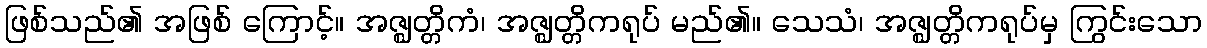
ဖြစ်သည်၏ အဖြစ် ကြောင့်။ အဇ္ဈတ္တိကံ၊ အဇ္ဈတ္တိကရုပ် မည်၏။ သေသံ၊ အဇ္ဈတ္တိကရုပ်မှ ကြွင်းသော